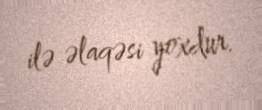
ilə əlaqəsi yoxdur.